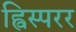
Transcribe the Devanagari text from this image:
ह्विस्परर